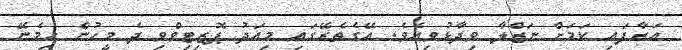
އަރާފައި ކަމަށް ނަޒްލާ ވިދާޅުވިއެވެ. އޭގެތެރޭގައި މިއަދު ޕޮޒިޓިވްވި ދެ މީހުން ހިމެނޭ